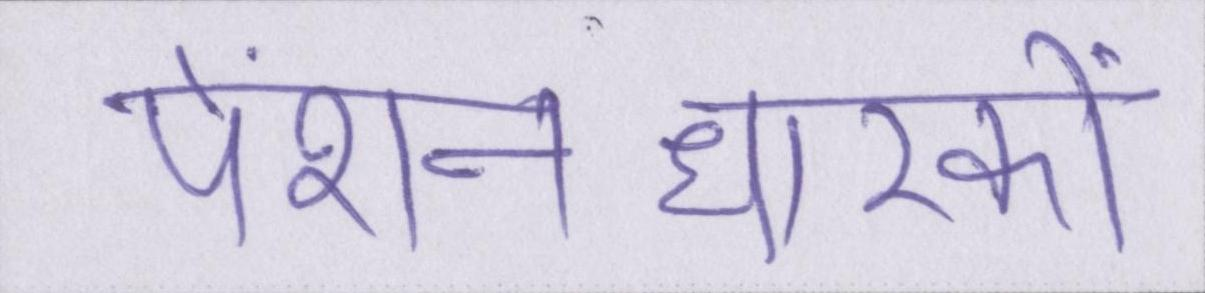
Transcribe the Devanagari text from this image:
पेंशनधारकों